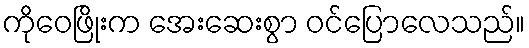
ကိုဝေဖြိုးက အေးဆေးစွာ ဝင်ပြောလေသည်။